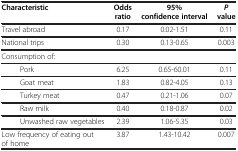
| <ROWSPAN=2> Characteristic | <ROWSPAN=2> Odds ratio | <ROWSPAN=2> 95% confidence interval | P |
 | value |
 | --- | --- | --- | --- |
 | Travel abroad | 0.17 | 0.02-1.51 | 0.11 |
 | National trips | 0.30 | 0.13-0.65 | 0.003 |
 | Consumption of: |  |  |  |
 | Pork | 6.25 | 0.65-60.01 | 0.11 |
 | Goat meat | 1.83 | 0.82-4.05 | 0.13 |
 | Turkey meat | 0.47 | 0.21-1.06 | 0.07 |
 | Raw milk | 0.40 | 0.18-0.87 | 0.02 |
 | Unwashed raw vegetables | 2.39 | 1.06-5.35 | 0.03 |
 | Low frequency of eating out of home | 3.87 | 1.43-10.42 | 0.007 |